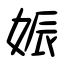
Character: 娠